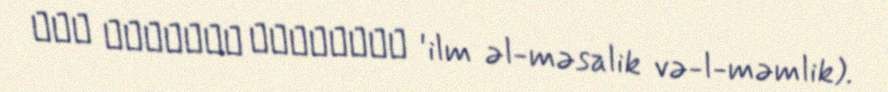
علم المسالك والممالك 'ilm əl-məsalik və-l-məmlik).